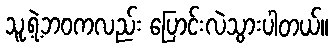
သူ့ရဲ့ဘဝကလည်း ပြောင်းလဲသွားပါတယ်။